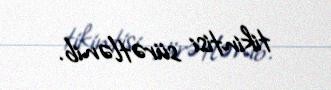
tikintisi sürətlənib.